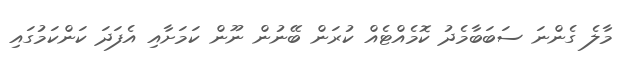
މާލެ ގެންނަ ސަބަބާމެދު ކޮމެއްޓެއް ކުރަން ބޭނުން ނޫން ކަމަށާއި އެފަދަ ކަންކަމުގައި